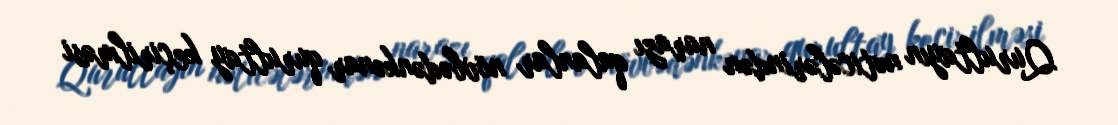
Qurultayın nəticələrindən narazı qalanlar növbədənkənar qurultay keçirilməsi